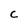
Character: C